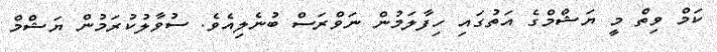
ކަމް ވިތް މީ ޔަޝްމްގެ އަތުގައި ހިފާލަމުން ނަވްރަސް ބުނެލިއެވެ. ސުވާލުކުރަމުން ޔަޝްމް